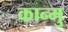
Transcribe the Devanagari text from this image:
कान्मु